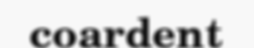
coardent